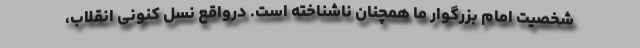
شخصیت امام بزرگوار ما همچنان ناشناخته است. درواقع نسل کنونی انقلاب،‌